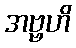
အဗ္ဗဟိ